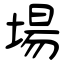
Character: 場